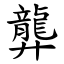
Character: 龏